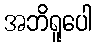
အဘိရူပေါ